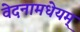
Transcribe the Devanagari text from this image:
वेदनामधेयम्